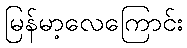
မြန်မာ့လေကြောင်း